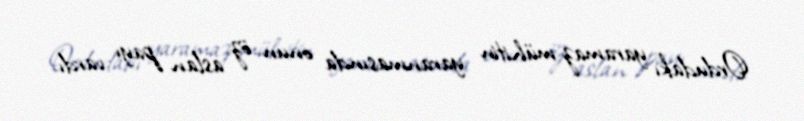
Ordudakı yaramaz mühitin yaranmasında onun öz aslan payı vardı.